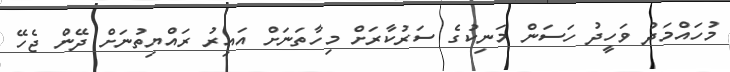
މުހައްމަދު ވަހީދު ހަސަން މަނިކުގެ ސަރުކާރަށް މިހާތަނަށް އައިރު ރައްޔިތުނަށް ދޭން ޖެހޭ